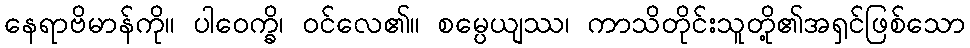
နေရာဗိမာန်ကို။ ပါဝေက္ခိ၊ ဝင်လေ၏။ စမ္ပေယျဿ၊ ကာသိတိုင်းသူတို့၏အရှင်ဖြစ်သော